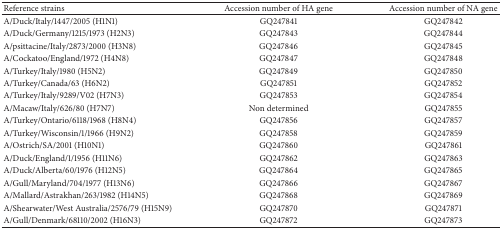
<table><thead><tr><td><b>Reference strains</b></td><td><b>Accession number of HA gene</b></td><td><b>Accession number of NA gene</b></td></tr></thead><tbody><tr><td>A/Duck/Italy/1447/2005 (H1N1)</td><td>GQ247841</td><td>GQ247842</td></tr><tr><td>A/Duck/Germany/1215/1973 (H2N3)</td><td>GQ247843</td><td>GQ247844</td></tr><tr><td>A/psittacine/Italy/2873/2000 (H3N8)</td><td>GQ247846</td><td>GQ247845</td></tr><tr><td>A/Cockatoo/England/1972 (H4N8)</td><td>GQ247847</td><td>GQ247848</td></tr><tr><td>A/Turkey/Italy/1980 (H5N2)</td><td>GQ247849</td><td>GQ247850</td></tr><tr><td>A/Turkey/Canada/63 (H6N2)</td><td>GQ247851</td><td>GQ247852</td></tr><tr><td>A/Turkey/Italy/9289/V02 (H7N3)</td><td>GQ247853</td><td>GQ247854</td></tr><tr><td>A/Macaw/Italy/626/80 (H7N7)</td><td>Non determined</td><td>GQ247855</td></tr><tr><td>A/Turkey/Ontario/6118/1968 (H8N4)</td><td>GQ247856</td><td>GQ247857</td></tr><tr><td>A/Turkey/Wisconsin/1/1966 (H9N2)</td><td>GQ247858</td><td>GQ247859</td></tr><tr><td>A/Ostrich/SA/2001 (H10N1)</td><td>GQ247860</td><td>GQ247861</td></tr><tr><td>A/Duck/England/1/1956 (H11N6)</td><td>GQ247862</td><td>GQ247863</td></tr><tr><td>A/Duck/Alberta/60/1976 (H12N5)</td><td>GQ247864</td><td>GQ247865</td></tr><tr><td>A/Gull/Maryland/704/1977 (H13N6)</td><td>GQ247866</td><td>GQ247867</td></tr><tr><td>A/Mallard/Astrakhan/263/1982 (H14N5)</td><td>GQ247868</td><td>GQ247869</td></tr><tr><td>A/Shearwater/West Australia/2576/79 (H15N9)</td><td>GQ247870</td><td>GQ247871</td></tr><tr><td>A/Gull/Denmark/68110/2002 (H16N3) </td><td>GQ247872</td><td>GQ247873</td></tr></tbody></table>